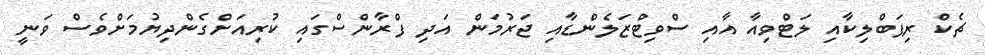
ޗެކް ރިޕަބްލިކާއި ލަޓްވިއާ އާއި ސްވިޓްޒަލެންޑާއި ޖަރުމަން އަދި ފްރާންސްގައި ކުރިއަށްގެންދިޔުމަށްވެސް ވަނީ